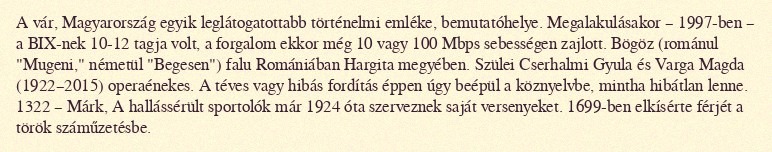
A vár, Magyarország egyik leglátogatottabb történelmi emléke, bemutatóhelye. Megalakulásakor – 1997-ben – a BIX-nek 10-12 tagja volt, a forgalom ekkor még 10 vagy 100 Mbps sebességen zajlott. Bögöz (románul "Mugeni," németül "Begesen") falu Romániában Hargita megyében. Szülei Cserhalmi Gyula és Varga Magda (1922–2015) operaénekes. A téves vagy hibás fordítás éppen úgy beépül a köznyelvbe, mintha hibátlan lenne. 1322 – Márk, A hallássérült sportolók már 1924 óta szerveznek saját versenyeket. 1699-ben elkísérte férjét a török száműzetésbe.